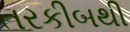
તરકીબથી